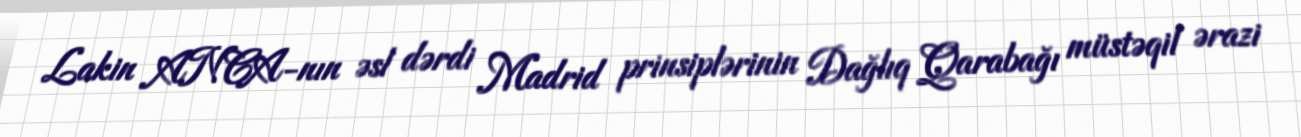
Lakin ANCA-nın əsl dərdi Madrid prinsiplərinin Dağlıq Qarabağı müstəqil ərazi